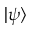
| \psi \rangle